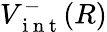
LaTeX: V_{\mathrm{~i~n~t~}}^{-}(R)